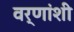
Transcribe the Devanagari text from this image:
वर्णांशी